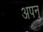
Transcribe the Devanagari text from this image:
अपनु